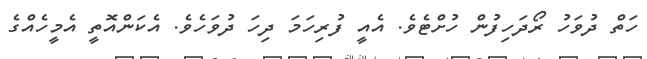
ހަތް ދުވަހު ރޯދަހިފުން ހުށްޓެވެ. އެއީ ފުރިހަމަ ދިހަ ދުވަހެވެ. އެކަންއޮތީ އެމީހެއްގެ